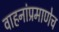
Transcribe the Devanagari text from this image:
वाहनांप्रमाणेच